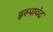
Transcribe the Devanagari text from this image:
इस्पावेद